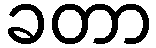
ခတာ